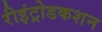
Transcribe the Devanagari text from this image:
रीइंट्रोडकशन